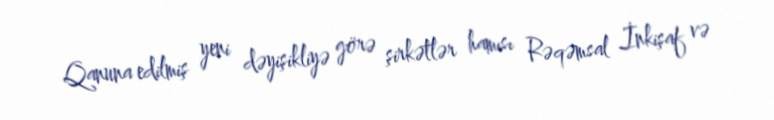
Qanuna edilmiş yeni dəyişikliyə görə şirkətlər hamısı Rəqəmsal İnkişaf və